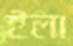
ইলা